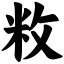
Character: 敉